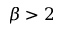
\beta > 2